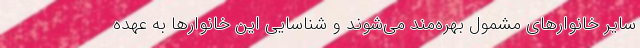
سایر خانوارهای مشمول بهره‌مند می‌شوند و شناسایی این خانوارها به عهده